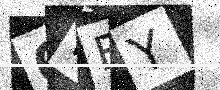
Text: 6HBY